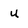
Character: u